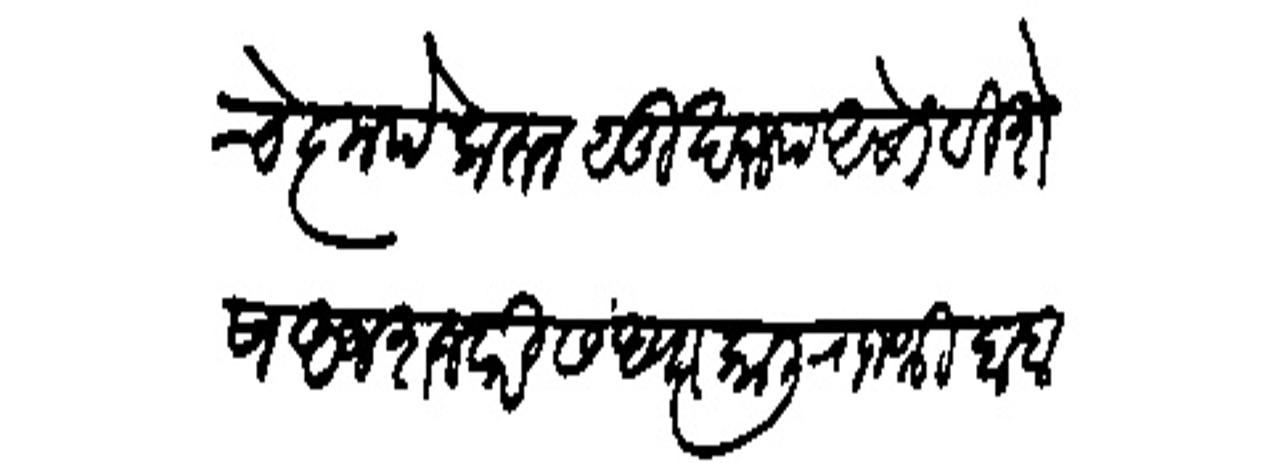
Transliteration (Devanagari): चे कृपेकरून सुखरू्प असो विशेष अज शनवारी संध्याकाली राजश्री बाबास